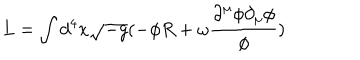
L = \int { d ^ { 4 } x \sqrt { - g } ( - { \phi } R + { \omega } \frac { { \partial } ^ { \mu } { \phi } { \partial } _ { \mu } { \phi } } { \phi } ) }